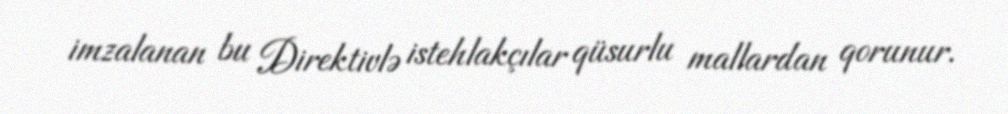
imzalanan bu Direktivlə istehlakçılar qüsurlu mallardan qorunur.